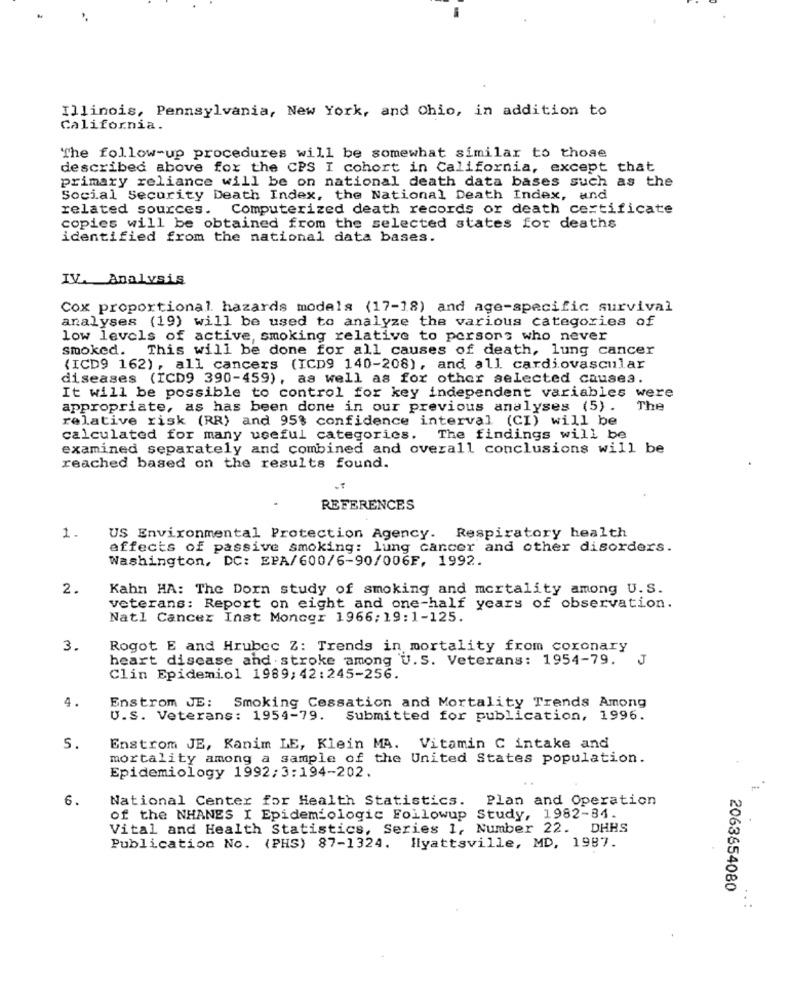
Illinois, Pennsylvania, New York, and Ohio, in addition to
California.
The follow-up procedures will be somewhat similar to those
described above for the CPS I cohort in California, except that
primary reliance will be on national death data bases such as the
Social Security Death Index, the National Death Index, and
related sources. Computerized death records or death certificate
copies will be obtained from the selected states for deaths
identified from the national data bases.
IV. Analysis
Cox proportional hazards models (17-18) and age-specific survival
analyses (19) will be used to analyze the various categories of
low levels of active, smoking relative to persons who never
smoked. This will be done for all causes of death, lung cancer
(ICD9 162), all cancers (ICD9 140-208), and all cardiovascular
diseases (ICD9 390-459), as well as for other selected causes.
It will be possible to control for key independent variables were
appropriate, as has been done in our previous analyses (5).
The
relative risk (RR) and 95% confidence interval (CI) will be
calculated for many useful categories. The findings will be
examined separately and combined and overall conclusions will be
reached based on the results found.
REFERENCES
1.
US Environmental Protection Agency. Respiratory health
effects of passive smoking: lung cancer and other disorders.
Washington, DC: EPA/600/6-90/006F, 1992.
2.
Kahn HA: The Dorn study of smoking and mortality among U. S.
veterans: Report on eight and one-half years of observation.
Natl Cancer Inst Monogr 1966; 19:1-125.
3.
Rogot E and Hrubec Z: Trends in mortality from coronary
heart disease and stroke among U. S. Veterans: 1954-79.
J
Clin Epidemiol 1989; 42:245-256.
4.
Smoking Cessation and Mortality Trends Among
Enstrom JE:
U.S. Veterans: 1954-79.
Submitted for publication, 1996.
5.
Enstrom JE, Kanim LE, Klein MA. Vitamin C intake and
mortality among a sample of the United States population.
Epidemiology 1992:3:194-202.
6.
National Center for Health Statistics. Plan and Operation
of the NHANES I Epidemiologic Followup Study, 1982-84.
Vital and Health Statistics, Series 1, Number 22. DHHS
Publication No. (PHS) 87-1324. Hyattsville, MD, 1987.
2063654080
:.